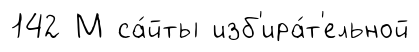
142 М са́йты изб'ира́т'ельной